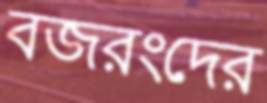
বজরংদের